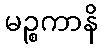
မဉ္စကာနိ